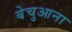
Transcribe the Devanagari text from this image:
बेचुआना